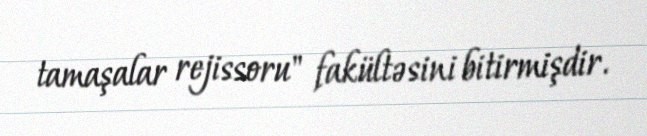
tamaşalar rejissoru" fakültəsini bitirmişdir.